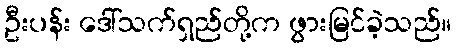
ဦးပန်း ဒေါ်သက်ရှည်တို့က ဖွားမြင်ခဲ့သည်။